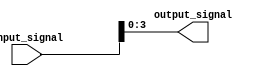
module part_select_assign(
    input [7:0] input_signal,
    output reg [3:0] output_signal
);

// Behavioral modeling block for part-select assign statement
always @(*) begin
    output_signal = input_signal[3:0];
end

endmodule